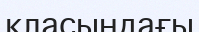
класындағы